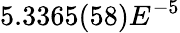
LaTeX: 5.3365(58)E^{-5}